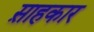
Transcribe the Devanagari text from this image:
स़ाहकार